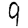
Digit: 9